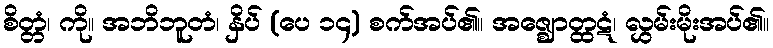
စိတ္တံ၊ ကို။ အဘိဘူတံ၊ နှိပ် (ပေ ၁၄) စက်အပ်၏။ အဇ္ဈောတ္ထဋံ၊ လွှမ်းမိုးအပ်၏။